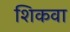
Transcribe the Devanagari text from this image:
शिकवा